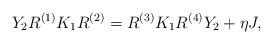
LaTeX: \begin{align*}Y_{2} R^{(1)} K_{1} R^{(2)} = R^{(3)} K_{1} R^{(4)} Y_{2} + \eta J,\end{align*}